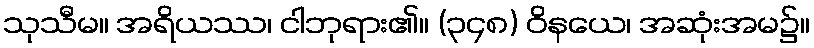
သုသီမ။ အရိယဿ၊ ငါဘုရား၏။ (၃၄၈) ဝိနယေ၊ အဆုံးအမ၌။